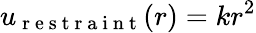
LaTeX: u_{\mathrm{~r~e~s~t~r~a~i~n~t~}}(r)=kr^{2}